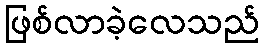
ဖြစ်လာခဲ့လေသည်